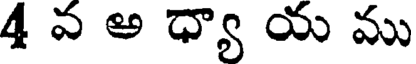
4 వ అ ధ్యా య ము